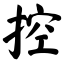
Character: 控